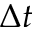
\Delta t